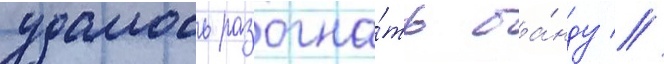
удалось разогна́ть ба́нду //